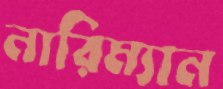
নারিম্যান